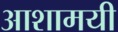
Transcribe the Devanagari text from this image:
आशामयी